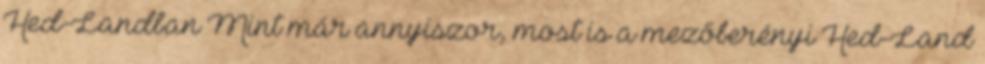
Hed-Landban Mint már annyiszor, most is a mezőberényi Hed-Land